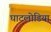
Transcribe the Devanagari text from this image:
घाटलोडिया